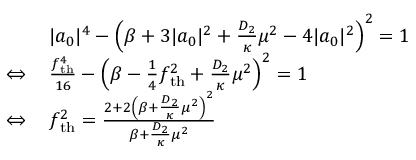
\begin{array} { r l } & { | a _ { 0 } | ^ { 4 } - \left( \beta + 3 | a _ { 0 } | ^ { 2 } + \frac { D _ { 2 } } { \kappa } \mu ^ { 2 } - 4 | a _ { 0 } | ^ { 2 } \right) ^ { 2 } = 1 } \\ { \Leftrightarrow \, } & { \frac { f _ { \mathrm { t h } } ^ { 4 } } { 1 6 } - \left( \beta - \frac { 1 } { 4 } f _ { \mathrm { t h } } ^ { 2 } + \frac { D _ { 2 } } { \kappa } \mu ^ { 2 } \right) ^ { 2 } = 1 } \\ { \Leftrightarrow \, } & { f _ { \mathrm { t h } } ^ { 2 } = \frac { 2 + 2 \left( \beta + \frac { D _ { 2 } } { \kappa } \mu ^ { 2 } \right) ^ { 2 } } { \beta + \frac { D _ { 2 } } { \kappa } \mu ^ { 2 } } } \end{array}